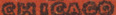
CHICACO